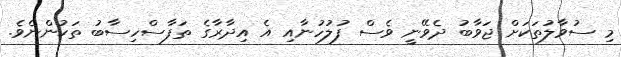
މި ސުވާލުތަކަށް ޖަވާބު ދެވޭނީ ވެސް ފުލުހުނާއި އެ އިދާރާގެ ތަފާސްހިސާބު ތަކުންނެވެ.